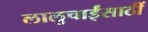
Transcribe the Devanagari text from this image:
लालुचाईंसाठीं